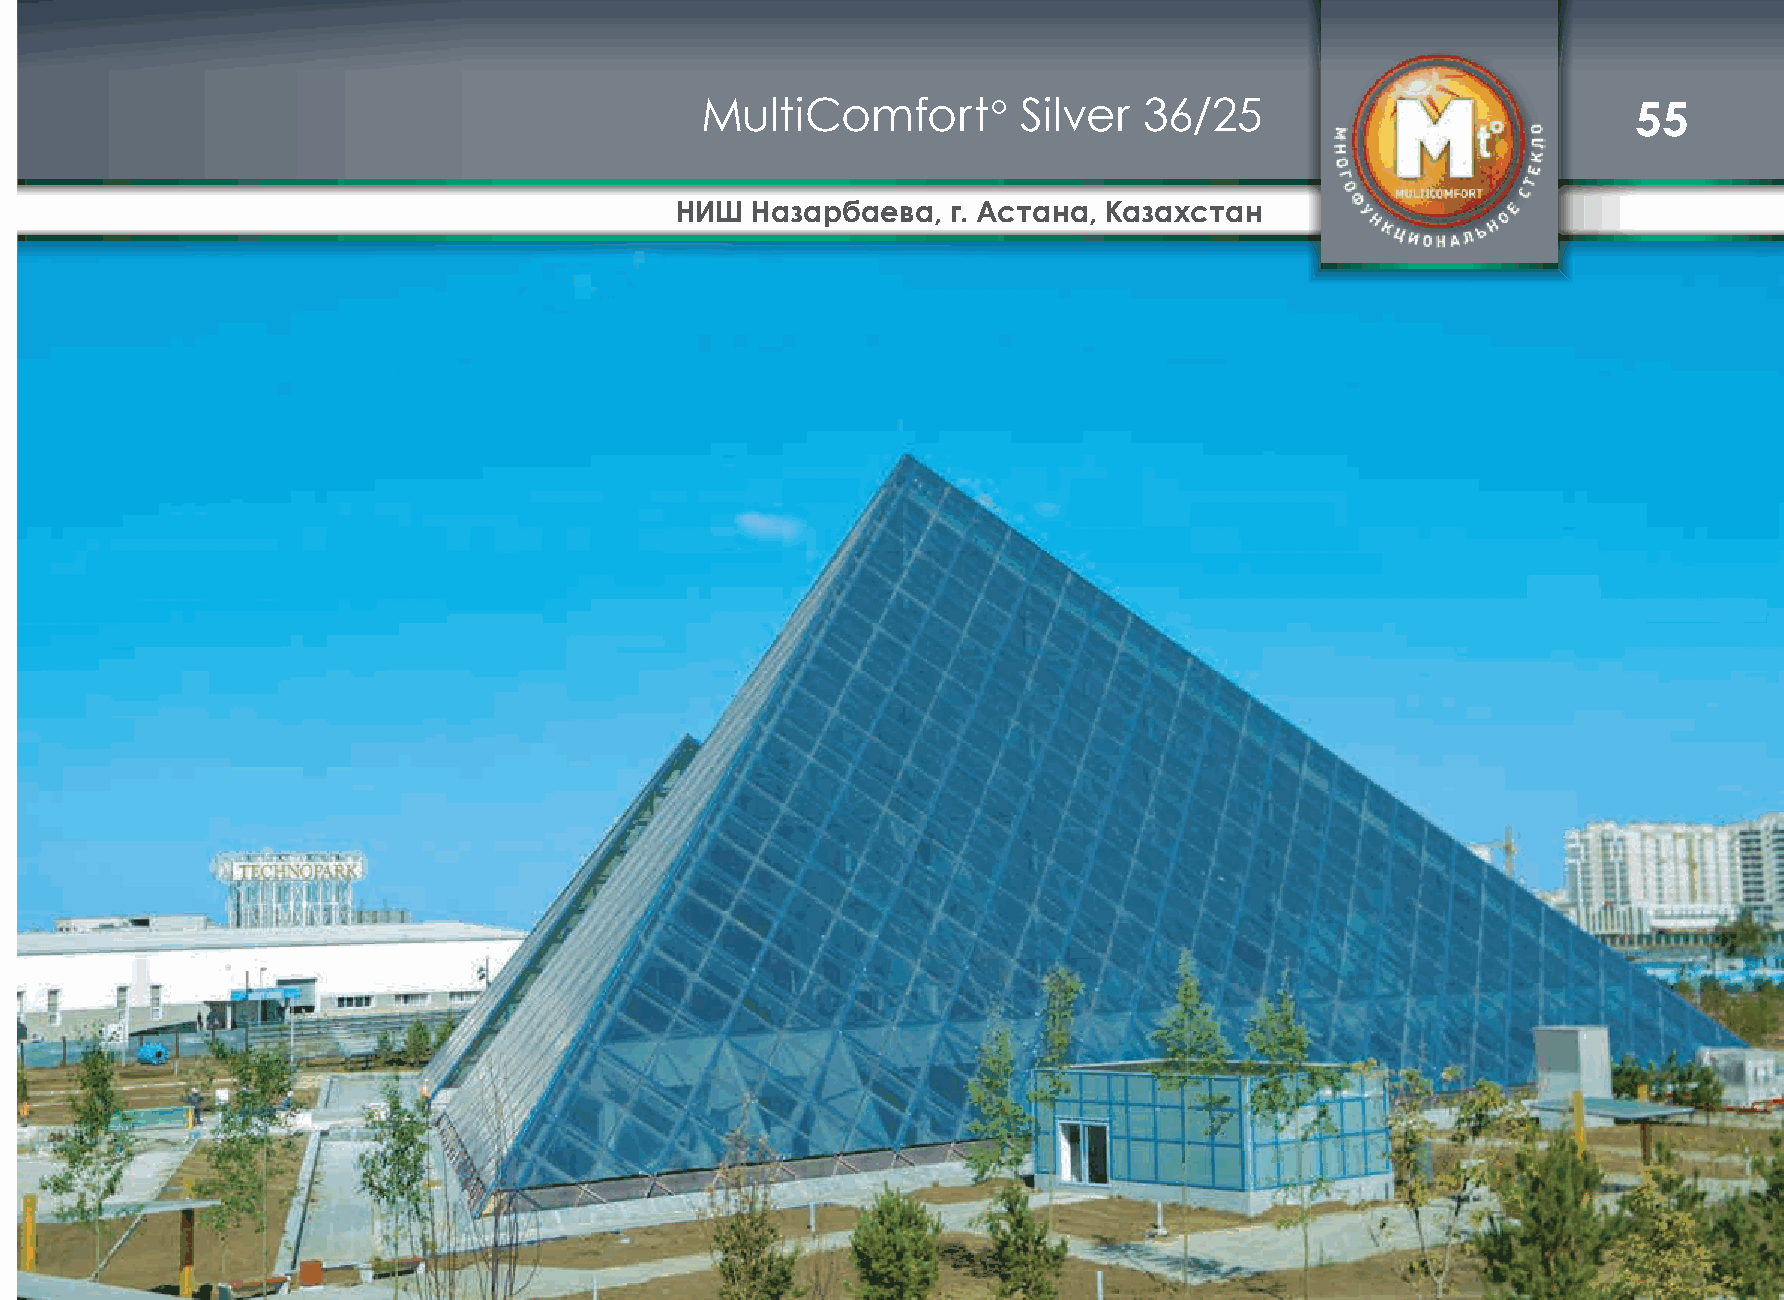
MultiComfort°         Silver  36/25                           55
 НИШ  Назарбаева,  г. Астана, Казахстан